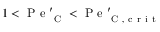
1 < \mathrm { ~ P ~ e ~ } _ { \mathrm { ~ C ~ } } ^ { \prime } < \mathrm { ~ P ~ e ~ } _ { \mathrm { ~ C ~ , ~ c ~ r ~ i ~ t ~ } } ^ { \prime }